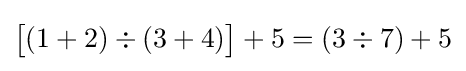
{\bigl [}(1+2)\div (3+4){\bigr ]}+5=(3\div 7)+5